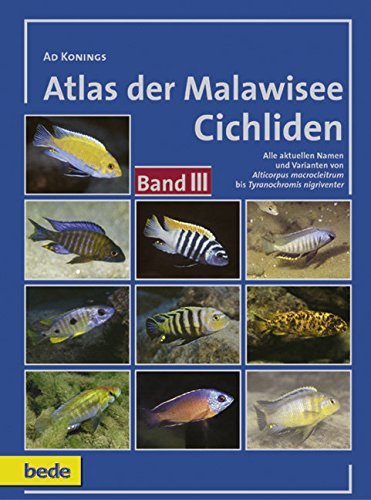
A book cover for Atlas der Malawisee Cichliden 3; Ad Konings; Travel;